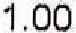
1.00